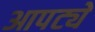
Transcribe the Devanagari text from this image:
आपट्ये